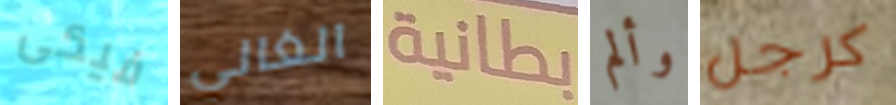
فيكى الغالي بطانية وألم كرجل